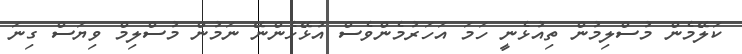
ކަލޭމެން މުސްލިމުން ތިއުޅެނީ ހަމަ އަހަރުމެންވެސް އުޅޭހެންނޭ ނަމުން މުސްލިމް ވިޔަސް ގިނަ